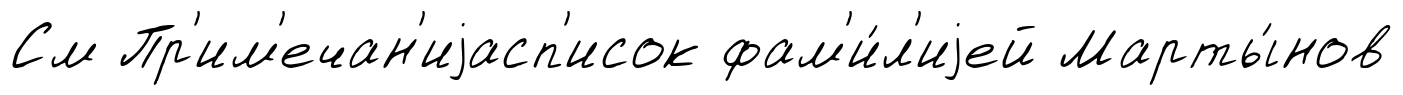
См Пр'им'ечан'иjасп'исок фам'и́л'иjей Марты́нов